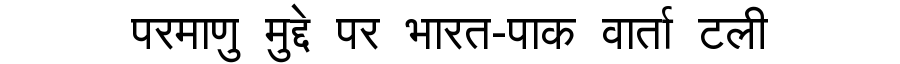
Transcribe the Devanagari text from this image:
परमाणु मुद्दे पर भारत-पाक वार्ता टली